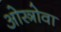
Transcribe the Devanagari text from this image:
ओस्त्रोवा